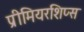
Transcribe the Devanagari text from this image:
प्रीमियरशिप्स